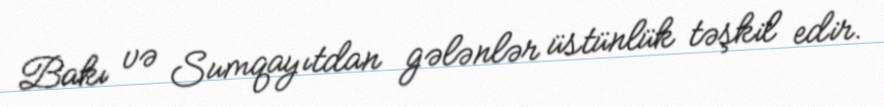
Bakı və Sumqayıtdan gələnlər üstünlük təşkil edir.